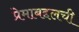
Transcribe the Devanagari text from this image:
प्रेमाबद्दलची